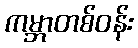
ကမ္ဘာတစ်ဝန်း